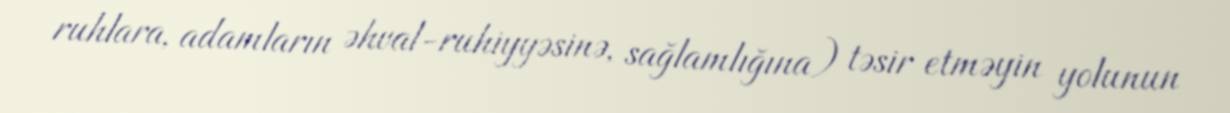
ruhlara, adamların əhval-ruhiyyəsinə, sağlamlığına) təsir etməyin yolunun